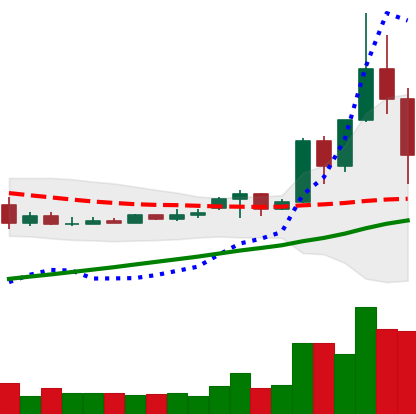
Ticker: TRX-USD
Chart end date: 2020-11-26
Forward return: 3.029%
Label: up_3_5